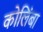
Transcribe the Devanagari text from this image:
कोलिंबा